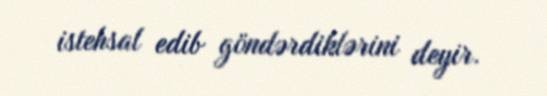
istehsal edib göndərdiklərini deyir.